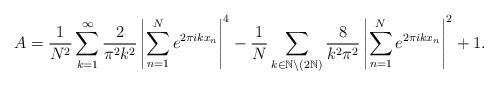
LaTeX: \begin{align*}A &= \frac{1}{N^2}\sum_{k =1}^{\infty} \frac{2}{\pi^2 k^2} \left| \sum_{n=1}^{N}{ e^{2 \pi i k x_n }}\right|^4 - \frac{1}{N}\sum_{k \in \mathbb{N} \setminus (2\mathbb{N})} \frac{8}{k^2 \pi^2}\left| \sum_{n=1}^{N}{ e^{2 \pi i k x_n }}\right|^2 + 1.\end{align*}